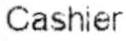
CASHIER